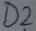
Text: D2